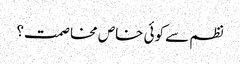
نظم سے کوئی خاص مخاصمت؟